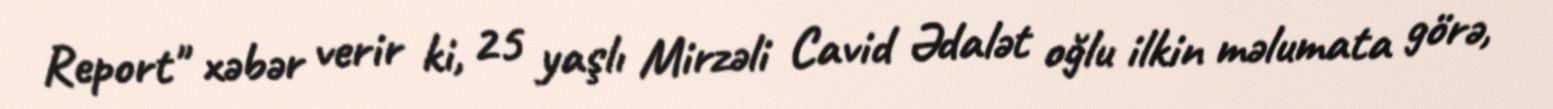
Report" xəbər verir ki, 25 yaşlı Mirzəli Cavid Ədalət oğlu ilkin məlumata görə,